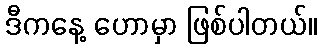
ဒီကနေ့ ဟောမှာ ဖြစ်ပါတယ်။